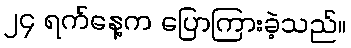
၂၄ ရက်နေ့က ပြောကြားခဲ့သည်။